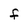
Character: f